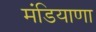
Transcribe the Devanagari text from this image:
मंडियाणा